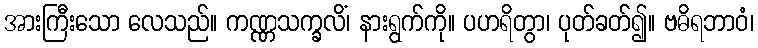
အားကြီးသော လေသည်။ ကဏ္ဏသက္ခလိံ၊ နားရွက်ကို။ ပဟရိတွာ၊ ပုတ်ခတ်၍။ ဗဓိရဘာဝံ၊